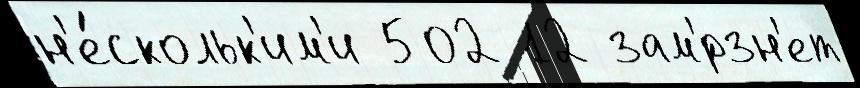
н'е́скольк'им'и 502 12 зам'́рзн'ет